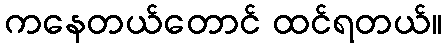
ကနေတယ်တောင် ထင်ရတယ်။